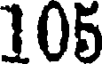
105